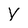
Character: V